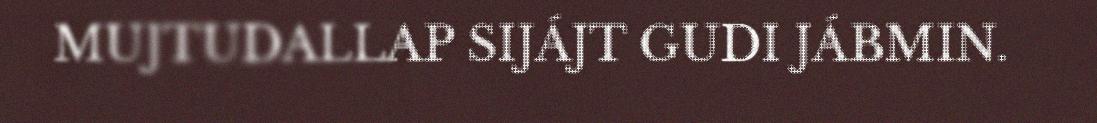
MUJTUDALLAP SIJÁJT GUDI JÁBMIN.